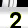
Digit: 2